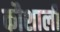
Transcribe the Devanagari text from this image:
कौशाली